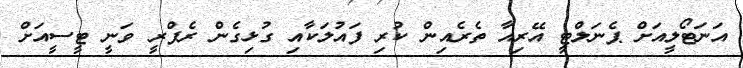
އަނަޓޯލީއަށް ޕެނަލްޓީ އޭރިއާ ތެރެއިން ކުރި ފައުލަކާއި ގުޅިގެން ރެފްރީ ވަނީ ޓީސީއަށް